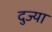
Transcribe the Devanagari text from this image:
दुज्या